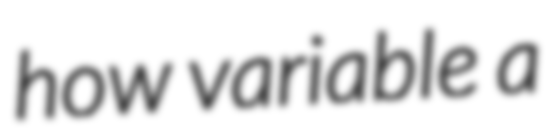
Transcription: how variable a